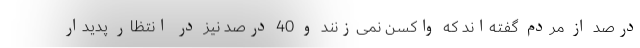
درصد از مردم گفته‌اند که واکسن نمی‌زنند و 40 درصد نیز در انتظار پدیدار